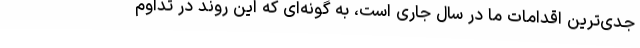
جدی‌ترین اقدامات ما در سال جاری است، به گونه‌ای که این روند در تداوم